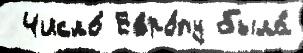
 Число́ Евро́пу была́